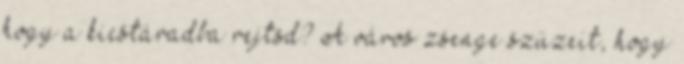
hogy a kicstáradba rejtsd? A város zsenge szüzeit, hogy